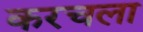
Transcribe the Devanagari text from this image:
करचला